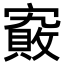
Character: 𡫄